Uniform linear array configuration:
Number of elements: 32
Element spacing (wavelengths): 0.75
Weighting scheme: exponential
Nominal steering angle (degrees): -30
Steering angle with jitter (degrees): -31.065
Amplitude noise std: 0.05
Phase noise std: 0.05

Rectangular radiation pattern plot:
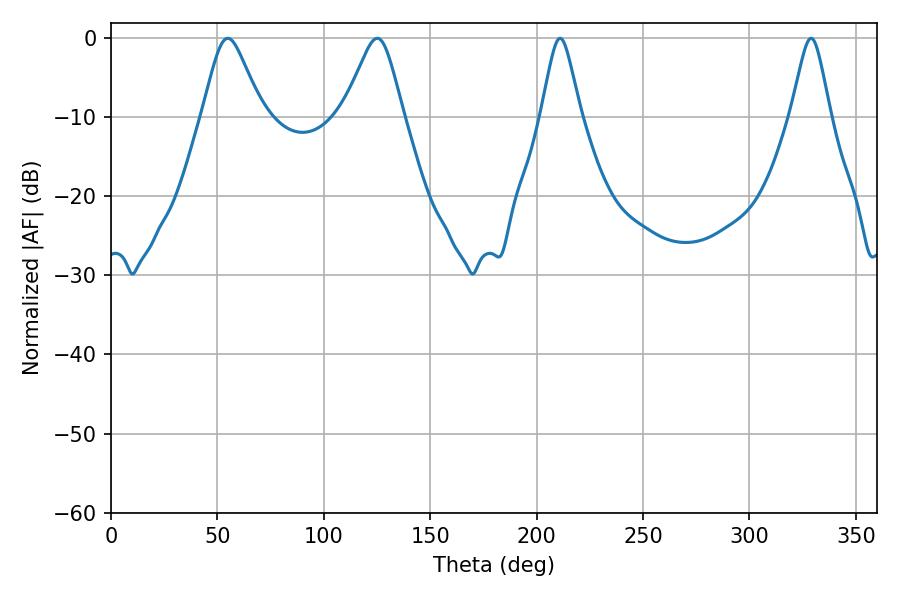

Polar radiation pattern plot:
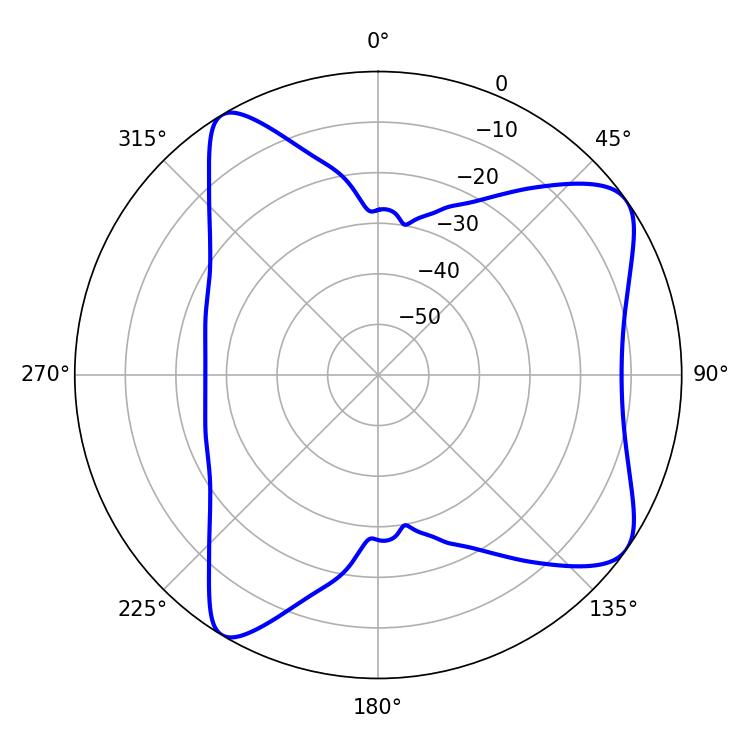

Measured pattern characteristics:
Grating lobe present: TRUE
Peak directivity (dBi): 8.2
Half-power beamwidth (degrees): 13.5
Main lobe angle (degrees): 54.9